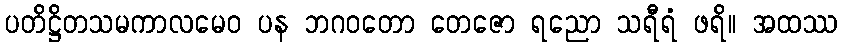
ပတိဋ္ဌိတသမကာလမေဝ ပန ဘဂဝတော တေဇော ရညော သရီရံ ဖရိ။ အထဿ